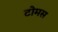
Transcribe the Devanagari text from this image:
टोमस